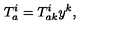
T _ { a } ^ { i } = T _ { a k } ^ { i } y ^ { k } ,